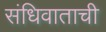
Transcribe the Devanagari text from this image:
संधिवाताची